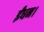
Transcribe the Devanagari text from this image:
ईंधन।